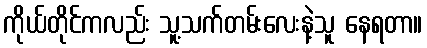
ကိုယ်တိုင်ကလည်း သူ့သက်တမ်းလေးနဲ့သူ နေရတာ။